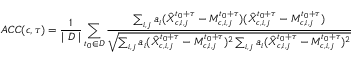
A C C ( c , \tau ) = \frac { 1 } { \mid D \mid } \sum _ { t _ { 0 } \in D } \frac { \sum _ { i , j } a _ { i } ( \hat { X } _ { c , i , j } ^ { t _ { 0 } + \tau } - M _ { c , i , j } ^ { t _ { 0 } + \tau } ) ( \hat { X } _ { c , i , j } ^ { t _ { 0 } + \tau } - M _ { c , i , j } ^ { t _ { 0 } + \tau } ) } { \sqrt { \sum _ { i , j } a _ { i } ( \hat { X } _ { c , i , j } ^ { t _ { 0 } + \tau } - M _ { c , i , j } ^ { t _ { 0 } + \tau } ) ^ { 2 } \sum _ { i , j } a _ { i } ( \hat { X } _ { c , i , j } ^ { t _ { 0 } + \tau } - M _ { c , i , j } ^ { t _ { 0 } + \tau } ) ^ { 2 } } }